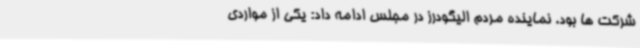
شرکت ها بود. نماینده مردم الیگودرز در مجلس ادامه داد: یکی از مواردی